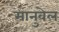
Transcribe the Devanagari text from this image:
मानुवेल